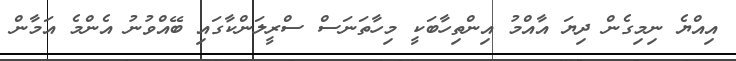
އިއްޔެ ނިމިގެން ދިޔަ އާއްމު އިންތިހާބަކީ މިހާތަނަސް ސްރީލަންކާގައި ބޭއްވުނު އެންމެ އަމާން